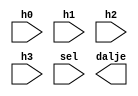
`timescale 1ns / 1ps
//////////////////////////////////////////////////////////////////////////////////
// Company: 
// Engineer: 
// 
// Design Name: 
// Module Name: Mux4to1
// Project Name: 
// Target Devices: 
// Tool Versions: 
// Description: 
// 
// Dependencies: 
// 
// Revision:
// Revision 0.01 - File Created
// Additional Comments:
// 
//////////////////////////////////////////////////////////////////////////////////


module Mux4to1(
    input h0,
    input h1,
    input h2,
    input h3,
    input [1:0] sel,
    output dalje
    );
    
    //sel 00 h0
    //sel 01 h1
    //sel 10 h2
    //sel 11 h3
    assign dalja =sel[1] ? (sel[0] ? h3 : h2 ): (sel[0] ? h1 : h0);
    
endmodule